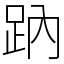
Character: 䟜